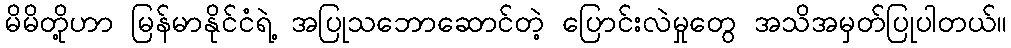
မိမိတို့ဟာ မြန်မာနိုင်ငံရဲ့ အပြုသဘောဆောင်တဲ့ ပြောင်းလဲမှုတွေ အသိအမှတ်ပြုပါတယ်။